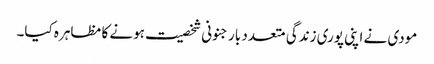
مودی نے اپنی پوری زندگی متعدد بار جنونی شخصیت ہونے کا مظاہرہ کیا۔